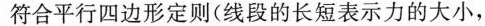
符合平行四边形定则(线段的长短表示力的大小，